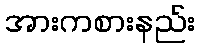
အားကစားနည်း